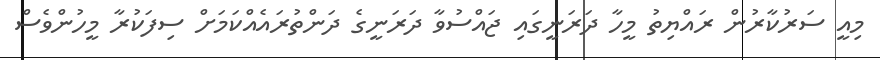
މިއީ ސަރުކާރުން ރައްޔިތު މީހާ ދަރަނީގައި ޖައްސުވާ ދަރަނީގެ ދަންތުރައެއްކަމަށް ސިފަކުރާ މީހުންވެސް